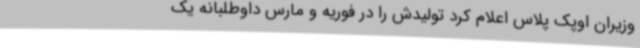
وزیران اوپک پلاس اعلام کرد تولیدش را در فوریه و مارس داوطلبانه یک